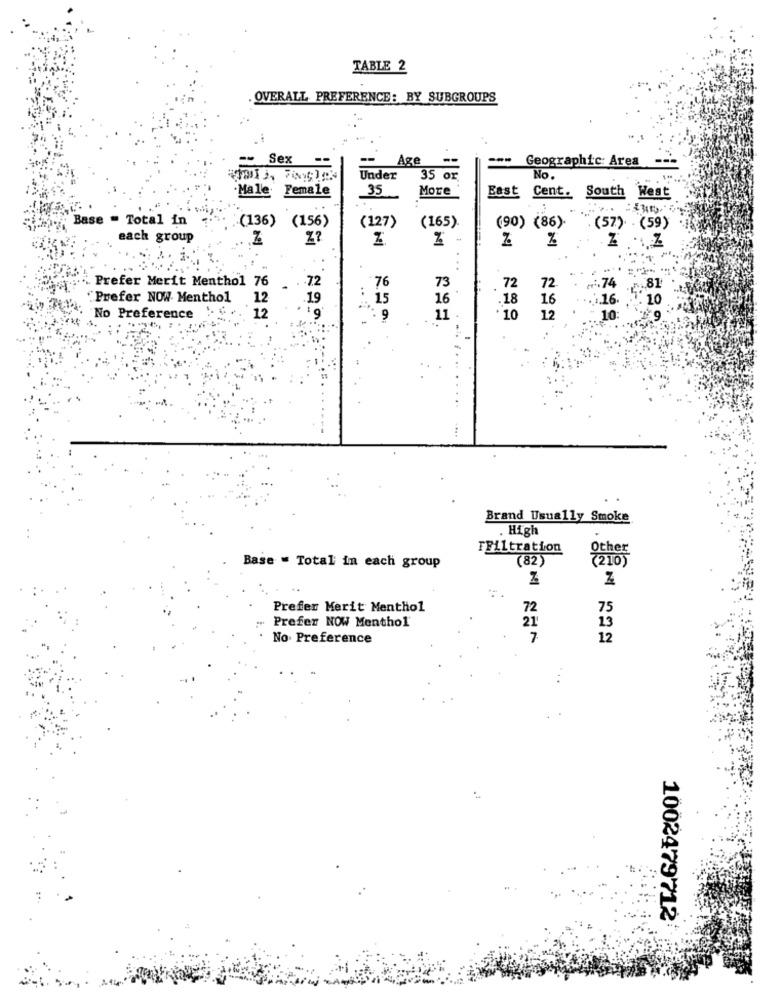
TABLE 2
OVERALL PREFERENCE: BY SUBGROUPS
Sex
--
Age
---
Geographic: Area
35 or
No.
Under
·Male Female
35
More
East Cent. South West
Base - Total in
(127)
(165).
(136) (156)
(90) (86).
(57) (59)
each group
Z?
%
Prefer Merit Menthol 76
.72
73
76
72
72
+1.74
"Prefer NOW Menthol
12
19
15
16
.18
16
116. 5:10
12
12
10:
No Preference
*.. 9
11
10
Brand Usually Smoke
High
TFiltration
(82)
Base - Total in each group
Prefer Merit Menthol
72
75
Prefer NOW Menthol
21
13
No. Preference
7
12
1002479712